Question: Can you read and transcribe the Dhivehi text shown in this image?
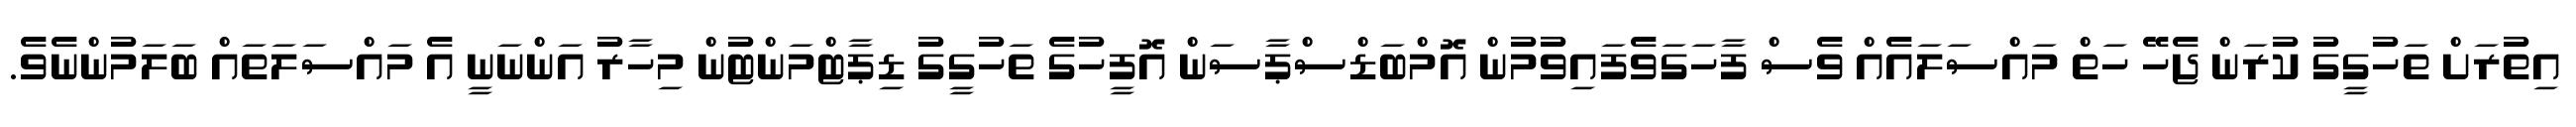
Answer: އިތުރަށް ތަހުގީގު ކުރަން ޖެހޭ ހަތް މައްސަލައެއް ވެސް ފާހަގަވެފައިވުމުން އޮމްބަޑްސްޕާސަން އޮފީހުގެ ތަހުގީގު ޑިޕާޓްމަންޓުން މިހާރު އަންނަނީ އެ މައްސަލަތައް ބަލަމުންނެވެ.